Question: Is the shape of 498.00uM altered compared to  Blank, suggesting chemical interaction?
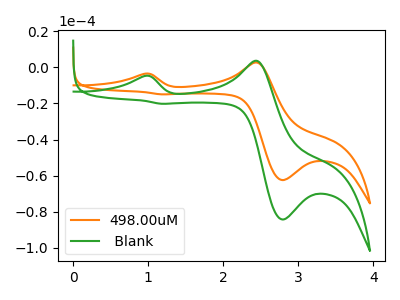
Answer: <think>The orange curve "498.00uM" has anodic peaks at (0.95V, -3.55uA) (2.45V, 2.70uA) and cathodic peaks at (2.80V, -62.50uA) (1.20V, -14.95uA). The green curve " Blank" has anodic peaks at (0.95V, -4.75uA) (2.45V, 3.65uA) and cathodic peaks at (2.80V, -84.30uA) (1.20V, -20.20uA).
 All the peaks in "498.00uM" have a peak in " Blank" at the same potential.</think>
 <answer>No, "498.00uM" and " Blank" don't appear to be significantly different in shape</answer>
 <eval>no_change</eval>